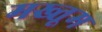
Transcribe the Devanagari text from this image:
मख्तूम